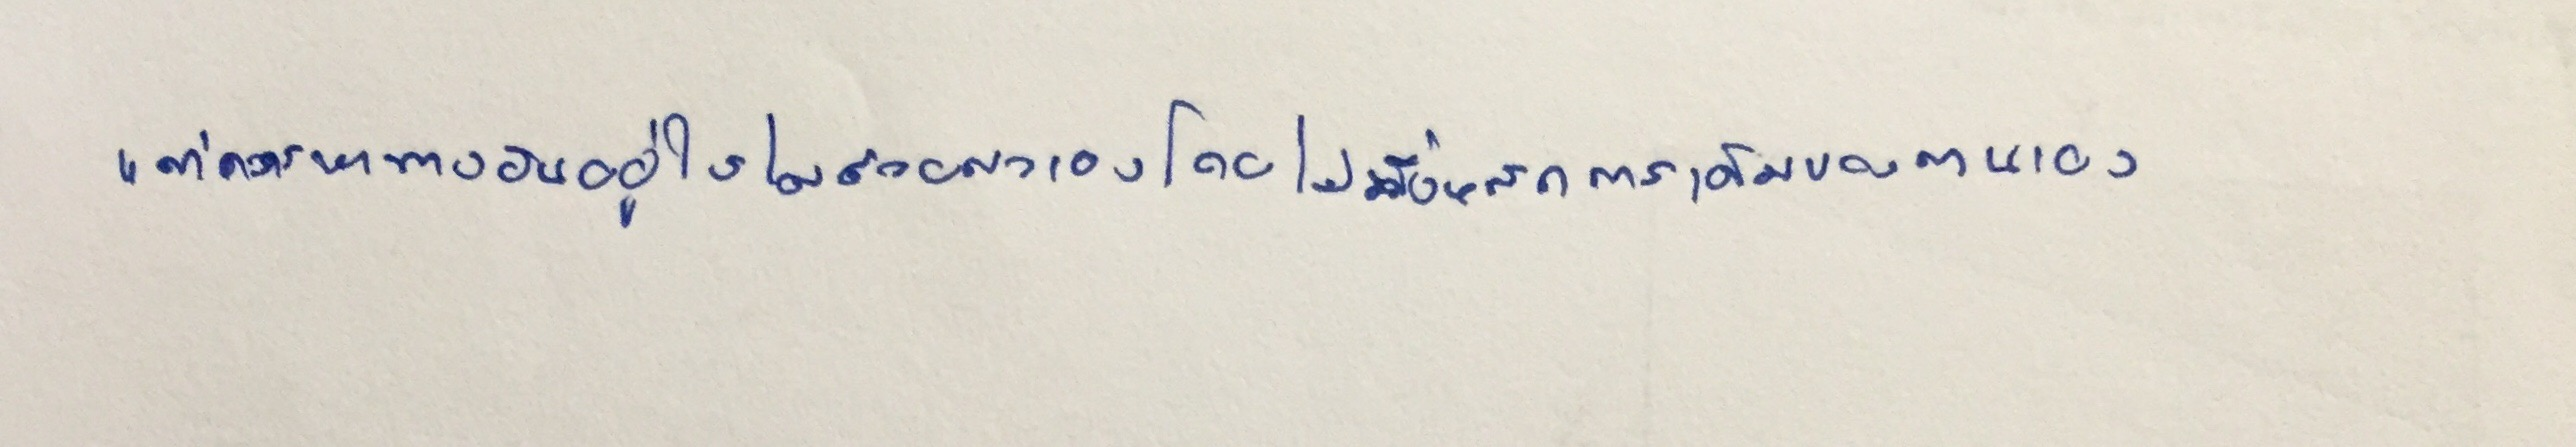
แต่ควรหาทางยืนอยู่ให้ได้ด้วยตนเองโดยไม่ทิ้งหลักการเดิมของตนเอง